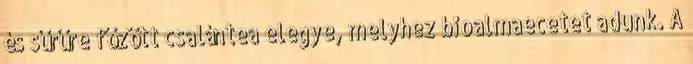
és sűrűre főzött csalántea elegye, melyhez bioalmaecetet adunk. A